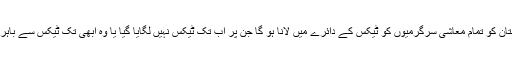
پاکستان کو تمام معاشی سرگرمیوں کو ٹیکس کے دائرے میں لانا ہو گا جن پر اب تک ٹیکس نہیں لگایا گیا یا وہ ابھی تک ٹیکس سے باہر ہیں۔